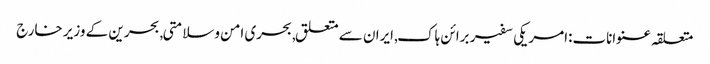
متعلقہ عنوانات‬:امریکی سفیر برائن ہاک, ایران سے متعلق, بحری امن وسلامتی, بحرین کے وزیر خارج